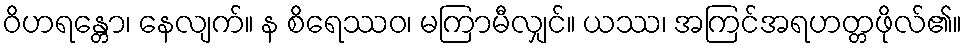
ဝိဟရန္တော၊ နေလျက်။ န စိရေဿဝ၊ မကြာမီလျှင်။ ယဿ၊ အကြင်အရဟတ္တဖိုလ်၏။